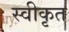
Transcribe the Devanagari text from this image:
स्वीकृत